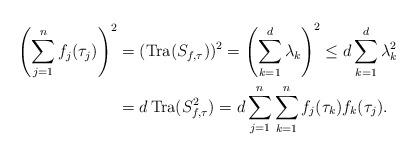
LaTeX: \begin{align*} \left(\sum_{j=1}^n f_j(\tau_j)\right)^2&=(\operatorname{Tra}(S_{f,\tau}))^2=\left(\sum_{k=1}^d \lambda_k\right)^2\leq d \sum_{k=1}^d \lambda_k^2 \\ &=d\operatorname{Tra}(S^2_{f,\tau})=d\sum_{j=1}^n\sum_{k=1}^nf_j(\tau_k)f_k(\tau_j). \end{align*}